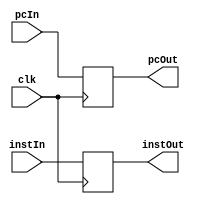
`timescale 1ns / 1ps
//////////////////////////////////////////////////////////////////////////////////
// Company: 
// Engineer: 
// 
// Design Name: 
// Module Name: IFID
// Project Name: 
// Target Devices: 
// Tool Versions: 
// Description: 
// 
// Dependencies: 
// 
// Revision:
// Revision 0.01 - File Created
// Additional Comments:
// 
//////////////////////////////////////////////////////////////////////////////////


module IFID(clk, pcIn, instIn, pcOut, instOut);
input clk;
  input [31:0] pcIn;
input [31:0] instIn;

  output reg [31:0] pcOut;
output reg [31:0] instOut;

always@(posedge clk)
begin

pcOut = pcIn;
instOut = instIn;

end
endmodule